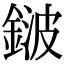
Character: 𨨏